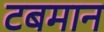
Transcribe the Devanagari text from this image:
टबमान